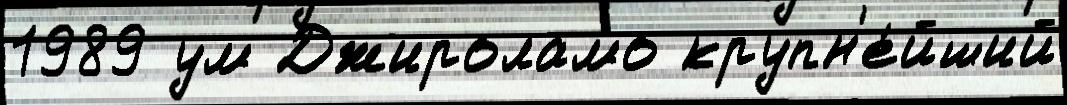
1989 ум Джироламо крупн'е́йший